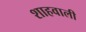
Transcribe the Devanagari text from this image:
शाहवाली